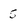
Character: 5